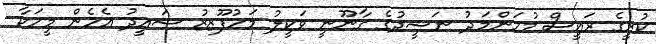
ކުރީގެ ރައީސް މުހަންމަދު ނަޝީދުގެ ގާނޫނީ ވަކީލު މަހުފޫޒޒު ސައީދު އެހެން މީހަކާ